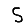
Digit: 5